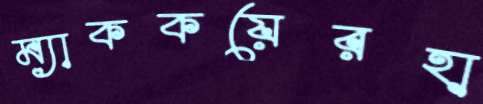
ম্যাককয়েরহা